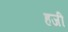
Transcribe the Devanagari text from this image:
हजी